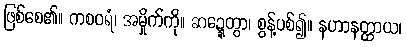
ဖြစ်စေ၏။ ကစဝရံ၊ အမှိုက်ကို။ ဆဍ္ဍေတွာ၊ စွန့်ပစ်၍။ နဟာနတ္ထာယ၊